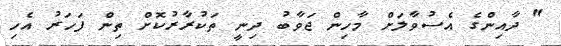
" ދާއިންގެ އެސުވާލަށް މާހިން ޖަވާބު ދިނީ ތަކުރާރުކޮށް ތިން ފަހަރު އެހި